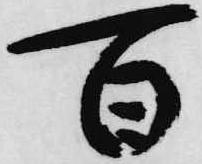
百